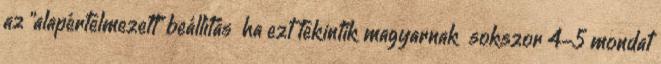
az "alapértelmezett" beállítás ha ezt tekintik magyarnak sokszor 4-5 mondat